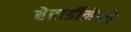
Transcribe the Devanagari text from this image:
बेरार्डीनेली